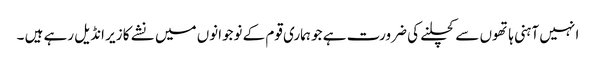
ا نہیں آہنی ہاتھوں سے کچلنے کی ضرورت ہے جو ہماری قوم کے نوجوانوں میں نشے کا زیر انڈیل رہے ہیں ۔